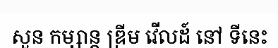
សួន កម្សាន្ត ឌ្រីម វើលដ៍ នៅ ទីនេះ